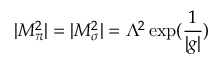
| M _ { \pi } ^ { 2 } | = | M _ { \sigma } ^ { 2 } | = \Lambda ^ { 2 } \exp ( \frac { 1 } { | g | } )